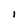
Character: I